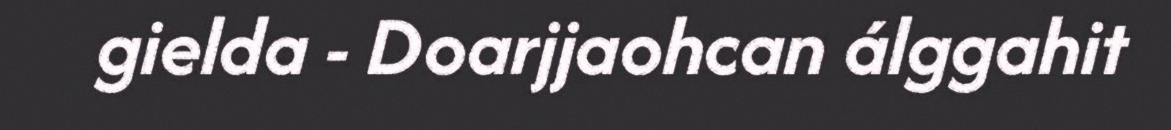
gielda - Doarjjaohcan álggahit